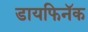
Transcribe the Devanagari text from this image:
डायफिनॅक